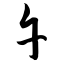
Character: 午